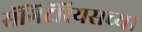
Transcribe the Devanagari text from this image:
सॅगिटॅरियसच्या